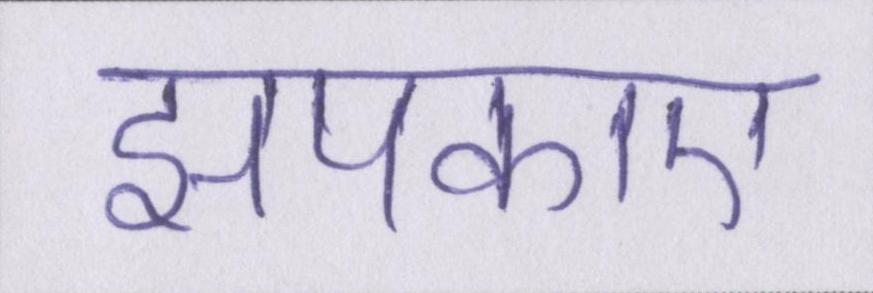
झपकाए